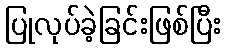
ပြုလုပ်ခဲ့ခြင်းဖြစ်ပြီး